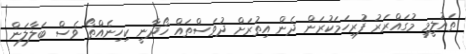
ތައުލީމީ މުގައްރަރު ފުރިހަމަކުރަން ދެން އިތުރަށް ދުވަސްތައް ހޯދާނީ ކިހިނެއްތޯ ވެސް ބަލާލަން